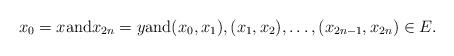
LaTeX: \begin{align*} x_0 = x \hbox{and} x_{2n} = y \hbox{and} (x_0, x_1), (x_1, x_2), \ldots, (x_{2n - 1}, x_{2n}) \in E.\end{align*}